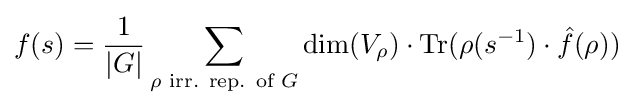
f(s)={\frac {1}{|G|}}\sum _{\rho {\text{ irr. rep. of }}G}\dim(V_{\rho })\cdot {\text{Tr}}(\rho (s^{-1})\cdot {\hat {f}}(\rho ))